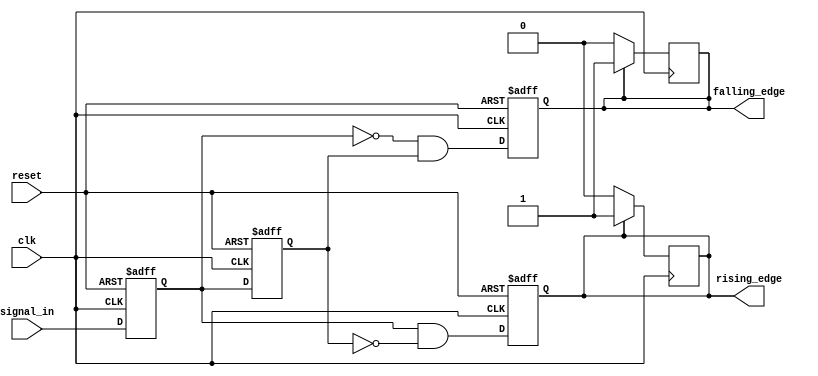
module glitch_free_edge_detector (
    input wire clk,                // Clock signal
    input wire reset,              // Reset signal
    input wire signal_in,          // Input signal to monitor
    output reg rising_edge,        // Output signal for rising edge detection
    output reg falling_edge        // Output signal for falling edge detection
);

    // Memory blocks to store current and previous states
    reg current_state;             // Current state of the input signal
    reg previous_state;            // Previous state of the input signal

    // Sequential logic for state updates
    always @(posedge clk or posedge reset) begin
        if (reset) begin
            current_state <= 1'b0;  // Initialize current state to low
            previous_state <= 1'b0; // Initialize previous state to low
            rising_edge <= 1'b0;     // Initialize rising edge output to low
            falling_edge <= 1'b0;    // Initialize falling edge output to low
        end else begin
            // Update previous state to current state
            previous_state <= current_state;
            // Update current state to the input signal
            current_state <= signal_in;

            // Edge detection logic
            rising_edge <= (current_state && ~previous_state); // Rising edge detected
            falling_edge <= (~current_state && previous_state); // Falling edge detected
        end
    end

    // Reset edge signals after one clock cycle
    always @(posedge clk) begin
        if (rising_edge) begin
            rising_edge <= 1'b1; // Assert rising edge for one clock cycle
        end else begin
            rising_edge <= 1'b0;  // Reset rising edge signal
        end

        if (falling_edge) begin
            falling_edge <= 1'b1; // Assert falling edge for one clock cycle
        end else begin
            falling_edge <= 1'b0;  // Reset falling edge signal
        end
    end

endmodule